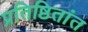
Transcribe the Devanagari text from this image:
प्रतिष्ठितांत